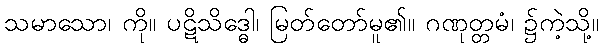
သမာသော၊ ကို။ ပဋိသိဒ္ဓေါ၊ မြတ်တော်မူ၏။ ဂဏုတ္တမံ၊ ၌ကဲ့သို့။